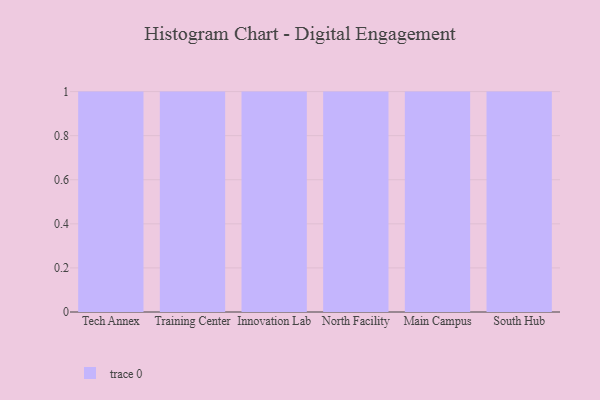
{"axis": {"x": "Campus", "y": "Revenue (USD Million)"}, "legend": [""], "data": [{"x": "Tech Annex", "y": 30, "type": ""}, {"x": "Training Center", "y": 42, "type": ""}, {"x": "Innovation Lab", "y": 3, "type": ""}, {"x": "North Facility", "y": 17, "type": ""}, {"x": "Main Campus", "y": 81, "type": ""}, {"x": "South Hub", "y": 12, "type": ""}]}